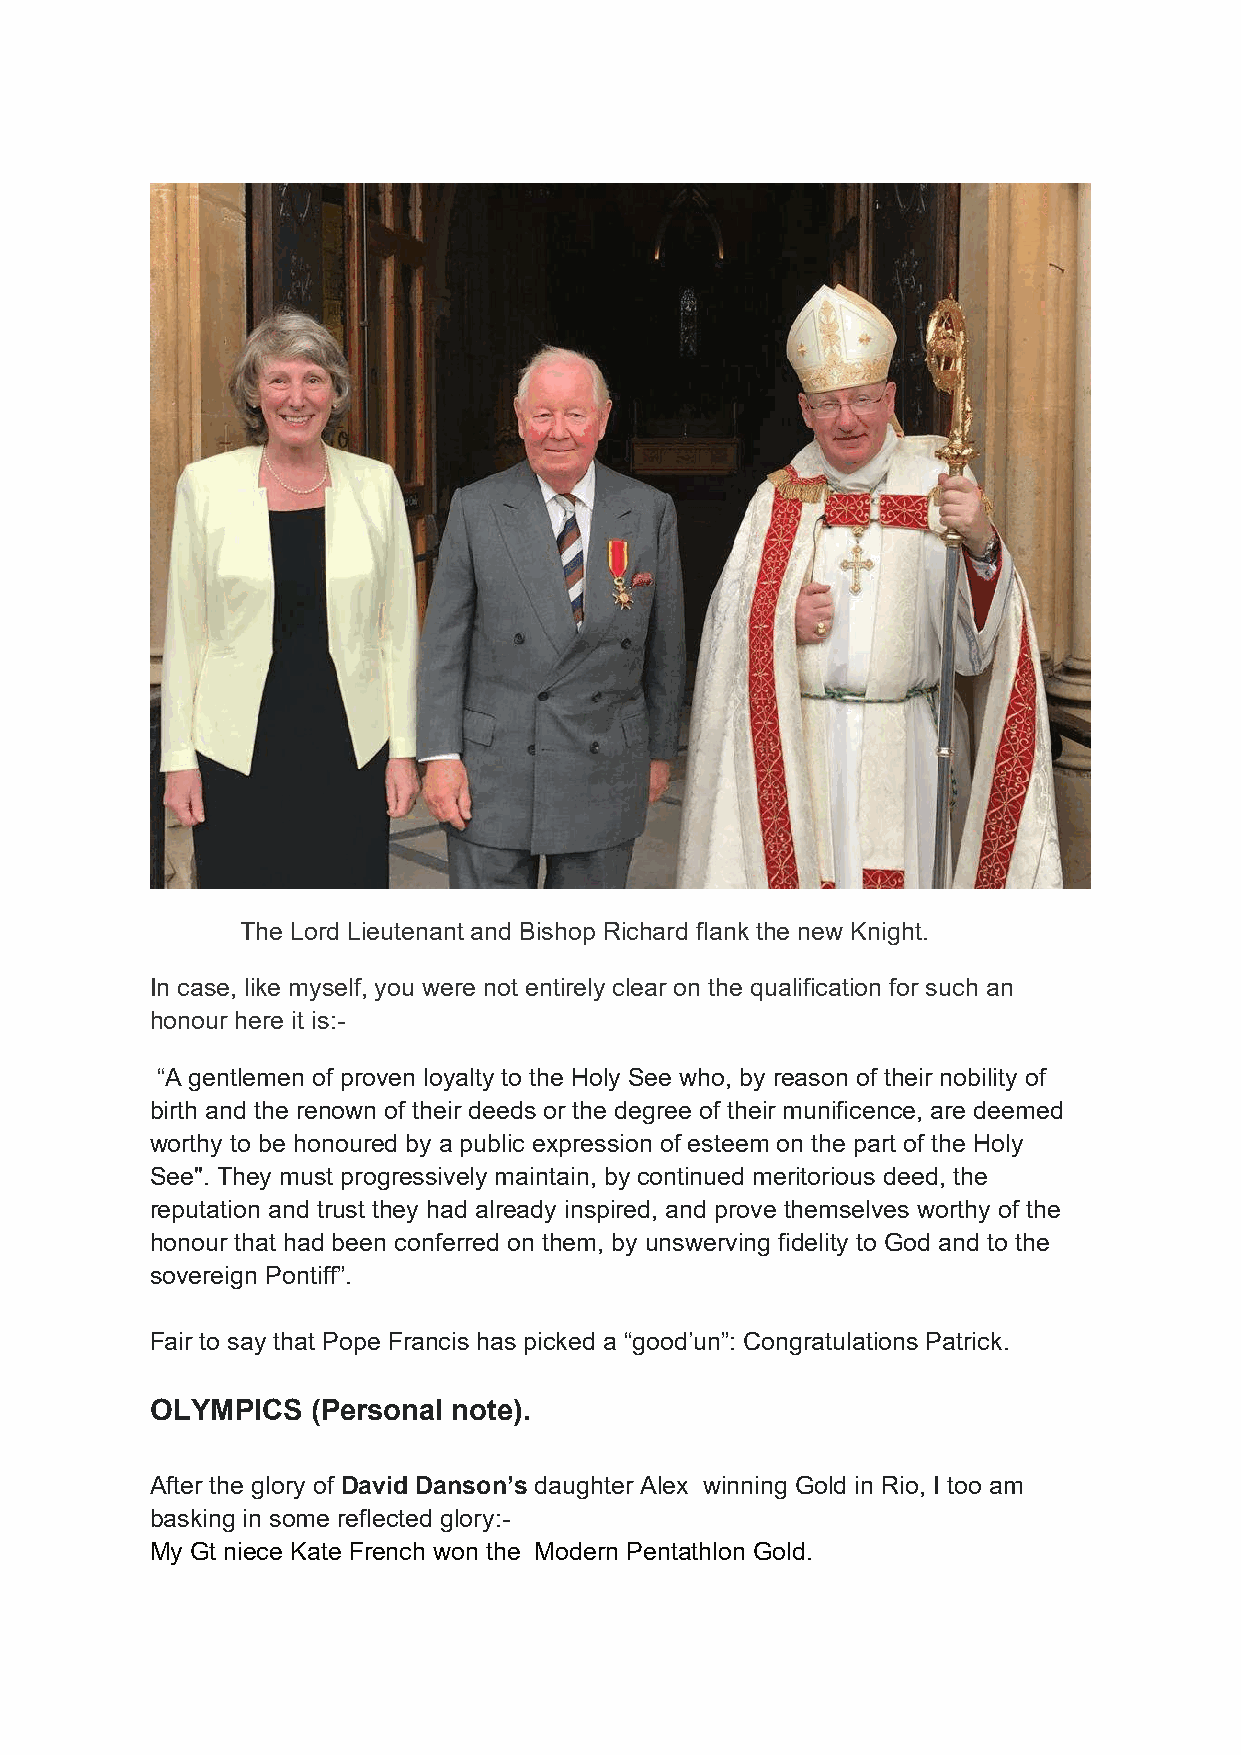
The Lord Lieutenant and Bishop Richard flank the new Knight.
 In case, like myself, you were not entirely clear on the qualification for such an
 honour here it is:-
 “A gentlemen of proven loyalty to the Holy See who, by reason of their nobility of
 birth and the renown of their deeds or the degree of their munificence, are deemed
 worthy to be honoured by a public expression of esteem on the part of the Holy
 See". They must progressively maintain, by continued meritorious deed, the
 reputation and trust they had already inspired, and prove themselves worthy of the
 honour that had been conferred on them, by unswerving fidelity to God and to the
 sovereign Pontiff”.
 Fair to say that Pope Francis has picked a “good’un”: Congratulations Patrick.
 OLYMPICS   (Personal note).
 After the glory of David Danson’s daughter Alex winning Gold in Rio, I too am
 basking in some reflected glory:-
 My Gt niece Kate French won the Modern Pentathlon Gold.